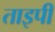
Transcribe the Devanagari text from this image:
ताइपी